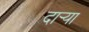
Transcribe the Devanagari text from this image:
दार्‍या